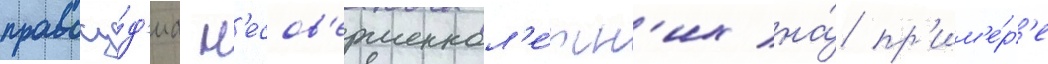
правосу́д'иа н'есов'ершеннол'е́тн'их на́ пр'им'е́р'е